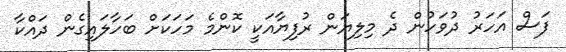
ފަސް އަހަރު ދުވަހުން ދެ މިލިޔަން ރުފިޔާއަކީ ކޮންމެ މަހަކަށް ބަހާލައިގެން ދައްކާ